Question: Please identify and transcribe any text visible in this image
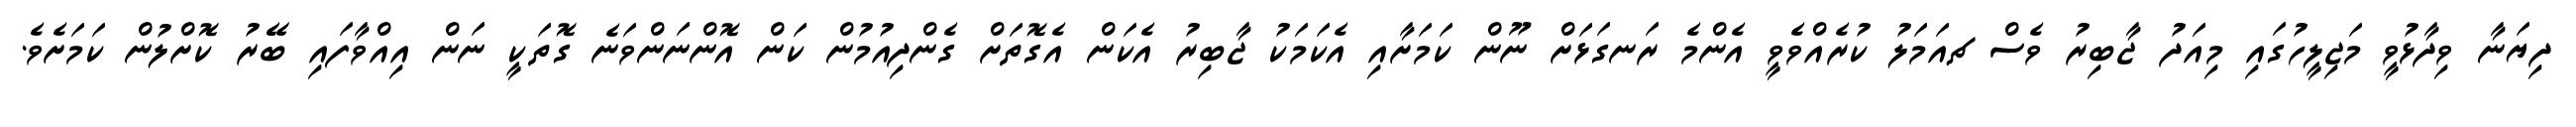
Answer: ދިޔަނާ ވިދާޅުވީ މަޖިލީހުގައި މިއަދު ޖާބިރު ވެސް ޗއަމަލު ކުރެއްވެވީ އެންމެ ރަނގަޅަށް ނޫން ކަމަށާއި އެކަމަކު ޖާބިރު އެކަން އެގޮތަށް ގެންދިއުމުން ކަން އޮންނަންވަނެ ގޮތަކީ ނަން އިއްވާފައި ބޭރު ކޮށްލުން ކަމަށެވެ.